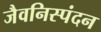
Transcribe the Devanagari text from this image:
जैवनिस्पंदन